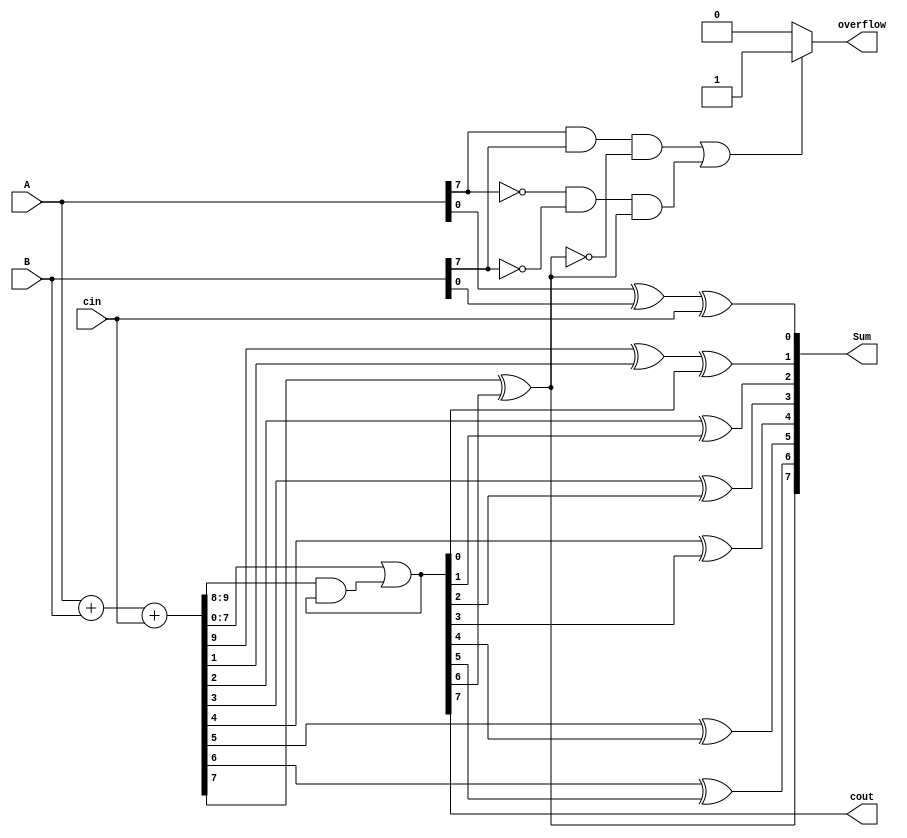
module CarrySkipAdder(
    input [7:0] A,
    input [7:0] B,
    input cin,
    output [7:0] Sum,
    output cout,
    output overflow
);

// Define internal signals
wire [7:0] P, G, C, S, C_out;
reg [7:0] S_final;
reg overflow_flag;

// Perform parallel addition with carry-lookahead logic
assign {P, G} = A + B + cin;
assign C = G | (P & C);

// Implement skip-limited adders with carry-skip logic
assign S[0] = A[0] ^ B[0] ^ cin;
genvar i;
generate
    for (i = 1; i < 8; i = i + 1) begin
        assign S[i] = P[i] ^ G[i] ^ C[i-1];
    end
endgenerate

// Detect overflow by comparing MSB of input operands and sum
always @(*) begin
    if ((A[7] & B[7] & ~Sum[7]) | (~A[7] & ~B[7] & Sum[7])) begin
        overflow_flag = 1;
    end else begin
        overflow_flag = 0;
    end
end

// Output final sum and overflow flag
assign S_final = {overflow_flag, S};
assign Sum = S_final;
assign cout = C[7];
assign overflow = overflow_flag;

endmodule